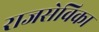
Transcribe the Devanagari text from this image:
राजसेविका